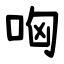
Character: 哅